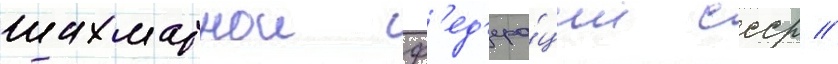
шахматнои ф'ед'ера́ции ссср //